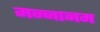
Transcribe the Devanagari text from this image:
मन्नानम